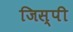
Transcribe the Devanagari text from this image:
जिस्पी